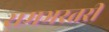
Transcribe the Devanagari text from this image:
रामभरतरी